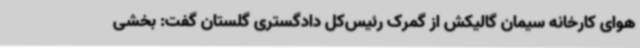
هوای کارخانه سیمان گالیکش از گمرک رئیس‌کل دادگستری گلستان گفت: بخشی